Annual report of the Civil Veterinary Department, Bengal, for the year 1898-99 - 1898-1899
Year: 1898
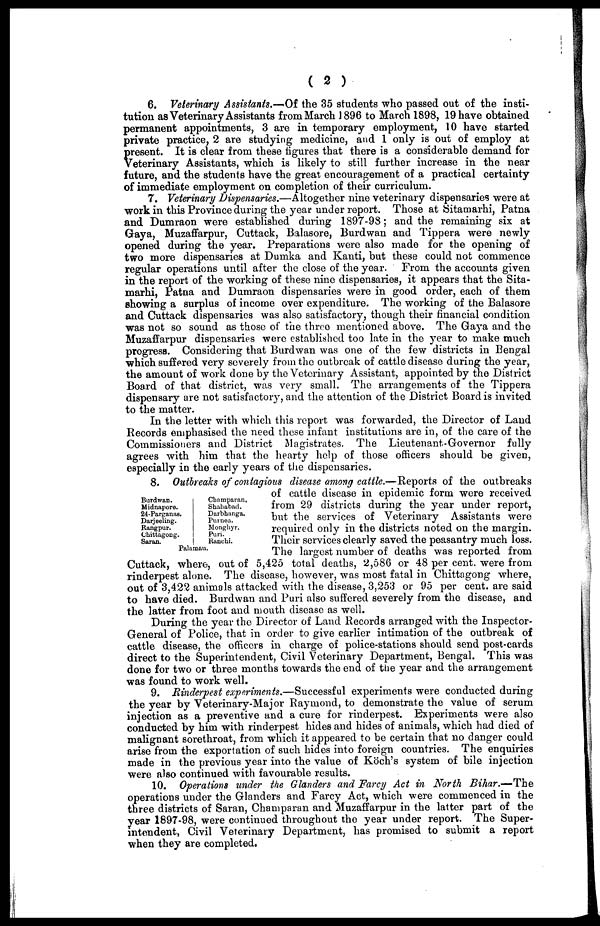
( 2 )
6. Veterinary Assistants.—Of the 35 students who passed out of the insti-
tution as Veterinary Assistants from March 1896 to March 1898, 19 have obtained
permanent appointments, 3 are in temporary employment, 10 have started
private practice, 2 are studying medicine, and 1 only is out of employ at
present. It is clear from these figures that there is a considerable demand for
Veterinary Assistants, which is likely to still further increase in the near
future, and the students have the great encouragement of a practical certainty
of immediate employment on completion of their curriculum.
7. Veterinary Dispensaries.—Altogether nine veterinary dispensaries were at
work in this Province during the year under report. Those at Sitamarhi, Patna
and Dumraon were established during 1897-98; and the remaining six at
Gaya, Muzaffarpur, Cuttack, Balasore, Burdwan and Tippera were newly
opened during the year. Preparations were also made for the opening of
two more dispensaries at Dumka and Kanti, but these could not commence
regular operations until after the close of the year. From the accounts given
in the report of the working of these nine dispensaries, it appears that the Sita-
marhi, Patna and Dumraon dispensaries were in good order, each of them
showing a surplus of income over expenditure. The working of the Balasore
and Cuttack dispensaries was also satisfactory, though their financial condition
was not so sound as those of the three mentioned above. The Gaya and the
Muzaffarpur dispensaries were established too late in the year to make much
progress. Considering that Burdwan was one of the few districts in Bengal
which suffered very severely from the outbreak of cattle disease during the year,
the amount of work done by the Veterinary Assistant, appointed by the District
Board of that district, was very small. The arrangements of the Tippera
dispensary are not satisfactory, and the attention of the District Board is invited
to the matter.
In the letter with which this report was forwarded, the Director of Land
Records emphasised the need these infant institutions are in, of the care of the
Commissioners and District Magistrates. The Lieutenant-Governor fully
agrees with him that the hearty help of those officers should be given,
especially in the early years of the dispensaries.
Burdwan.
Midnapore.
24-Parganas.
Darjeeling.
Rangpur.
Chittagong.
Saran.
Champaran,
Shababad.
Darbhanga.
Purnea.
Monghyr.
Puri.
Ranchi.
Palamau.
8. Outbreaks of contagious disease among cattle.—Reports of the outbreaks
of cattle disease in epidemic form were received
from 29 districts during the year under report,
but the services of Veterinary Assistants were
required only in the districts noted on the margin.
Their services clearly saved the peasantry much loss.
The largest number of deaths was reported from
Cuttack, where, out of 5,425 total deaths, 2,586 or 48 per cent, were from
rinderpest alone. The disease, however, was most fatal in Chittagong where,
out of 3,422 animals attacked with the disease, 3,253 or 95 per cent .are said
to have died. Burdwan and Puri also suffered severely from the disease, and
the latter from foot and mouth disease as well.
During the year the Director of Land Records arranged with the Inspector-
General of Police, that in order to give earlier intimation of the outbreak of
cattle disease, the officers in charge of police-stations should send post-cards
direct to the Superintendent, Civil Veterinary Department, Bengal. This was
done for two or three months towards the end of the year and the arrangement
was found to work well.
9. Rinderpest experiments.—Successful experiments were conducted during
the year by Veterinary-Major Raymond, to demonstrate the value of serum
injection as a preventive and a cure for rinderpest. Experiments were also
conducted by him with rinderpest hides and hides of animals, which had died of
malignant sorethroat, from which it appeared to be certain that no danger could
arise from the exportation of such hides into foreign countries. The enquiries
made in the previous year into the value of Koch's system of bile injection
were also continued with favourable results.
10. Operations under the Glanders and Farcy Act in North Bihar.—The
operations under the Glanders and Farcy Act, which were commenced in the
three districts of Saran, Champaran and Muzaffarpur in the latter part of the
year 1897-98, were continued throughout the year under report. The Super-
intendent, Civil Veterinary Department, has promised to submit a report
when they are completed.